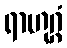
ရာဟုဂ္ဂံ